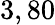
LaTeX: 3,80